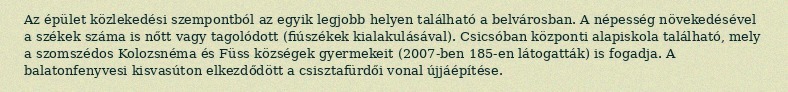
Az épület közlekedési szempontból az egyik legjobb helyen található a belvárosban. A népesség növekedésével a székek száma is nőtt vagy tagolódott (fiúszékek kialakulásával). Csicsóban központi alapiskola található, mely a szomszédos Kolozsnéma és Füss községek gyermekeit (2007-ben 185-en látogatták) is fogadja. A balatonfenyvesi kisvasúton elkezdődött a csisztafürdői vonal újjáépítése.